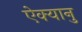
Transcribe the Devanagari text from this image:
ऐक्यानु